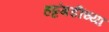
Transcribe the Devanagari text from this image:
हट्टंगडींच्या